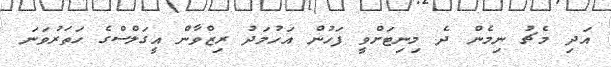
އަދި މެޗު ނިމެން ދެ މިނިޓަށްވީ ފަހުން އަހުމަދު ރިޒްވާން އީގަލްސްގެ ހަތަރުވަނަ